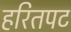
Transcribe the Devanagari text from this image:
हरितपट